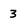
Character: 3